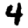
Digit: 4